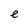
Character: e